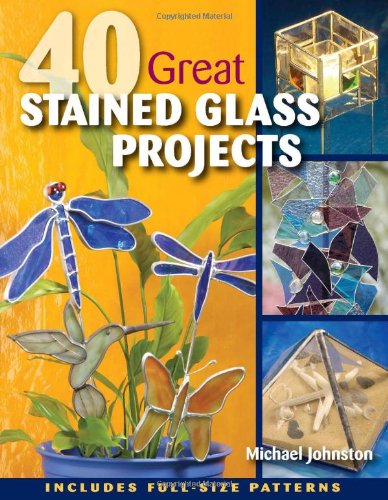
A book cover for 40 Great Stained Glass Projects; Michael Johnston; Crafts, Hobbies & Home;